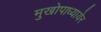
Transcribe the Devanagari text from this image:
मुखोपाध्यायेर